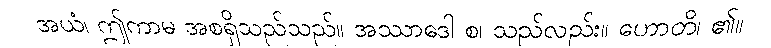
အယံ၊ ဤကာမ အစရှိသည်သည်။ အဿာဒေါ စ၊ သည်လည်း။ ဟောတိ၊ ၏။